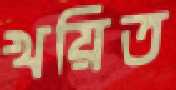
খয়িত